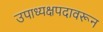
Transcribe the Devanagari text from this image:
उपाध्यक्षपदावरून